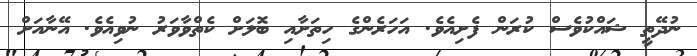
ނުދޭތީ ޝައްކުވެސް ކުރަން ފެށިއެވެ. އަހަރެންގެ ހިތަށާއި ބޮލަށް ކެތްވާވަރު ނުވިއެވެ. އޭނާއަށް